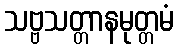
သဗ္ဗသတ္တာနမုတ္တမံ